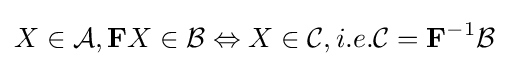
X\in {\mathcal {A}},\mathbf {F} X\in {\mathcal {B}}\Leftrightarrow X\in {\mathcal {C}},i.e.{\mathcal {C}}=\mathbf {F} ^{-1}{\mathcal {B}}